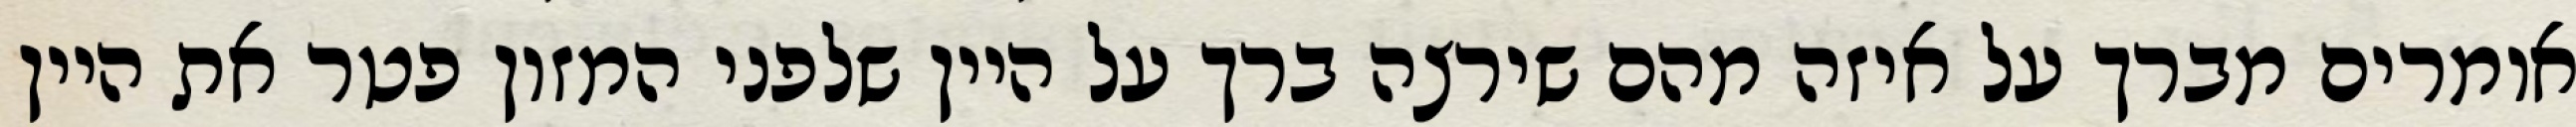
אומרים מברך על איזה מהם שירצה ברך על היין שלפני המזון פטר את היין